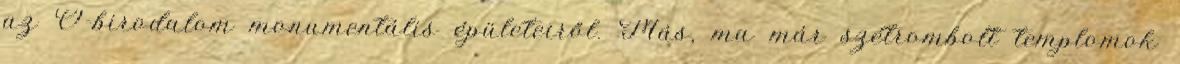
az Ó-birodalom monumentális épületeiről. Más, ma már szétrombolt templomok